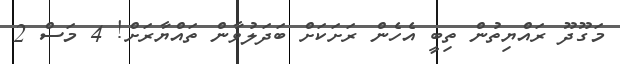
މަގޫދޫ ރައްޔިތުން ތިބީ އެހެން ރަށަކަށް ބަދަލުވާން ތައްޔާރަށް! 4 މަސް 2